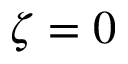
\zeta = 0